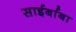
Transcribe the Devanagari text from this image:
साईर्बाबा